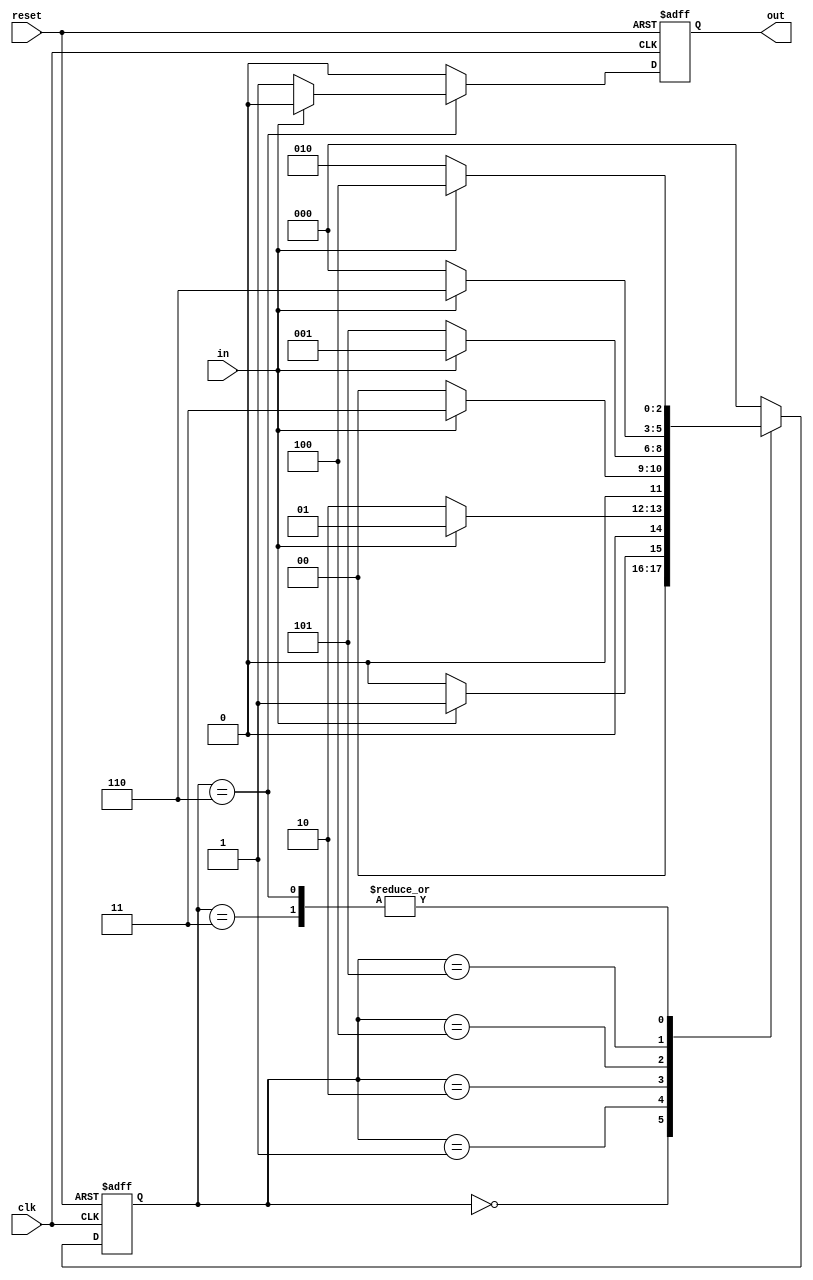
`timescale 1ns / 1ps
//fsm_sequence_detector 1011010 (overlapping method)
module fsm_mealy_1011010(input clk,reset,in,output reg out);
	reg [2:0] state;
	parameter s0=0,s1=1,s2=2,s3=3,s4=4,s5=5,s6=6;
	//*******s0=s0;s1=s1;s10=s2;s101=s3;s1011=s4;s10110=s5;s101101=s6;*****//
	always@(posedge clk or posedge reset) begin
		if(reset) begin
			state <= s0;
			out <= 0;
		end
		else begin
			case (state)
				s0: begin
					state <= in?s1:s0;
					out <= 0;
				end
				s1: begin 
					state <= in?s1:s2;
					out <= 0;
				end
				s2: begin 
					state <= in?s3:s0;
					out <= 0;
				end
				s3 : begin
					state <= in?s4:s2;
					out <= 0;
				end
				s4 : begin 
					state <= in?s1:s5;
					out <= 0;
				end
				s5 : begin
					state <= in?s6:s0;
					out <= 0;
				end
				s6 : begin
					state <= in?s4:s2;
					out <= in?0:1;
				end
				default : begin
					state <= s0;
					out <= 0;
				end
			endcase
		end
	end
endmodule